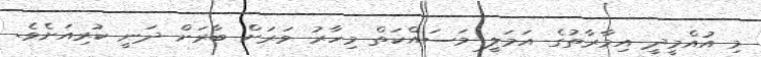
މި އުއްމީދީ އިމާރާތުގެ އަމަލީ މަސައްކަތް މިހާރު ވަރަށް ބާރަށް ދަނީ ކުރިއަށެވެ.